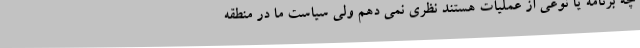
چه برنامه یا نوعی از عملیات هستند نظری نمی دهم ولی سیاست ما در منطقه